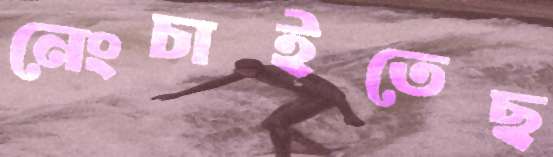
নেংচাইতেছ